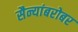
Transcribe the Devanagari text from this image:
सैन्यांबरोबर